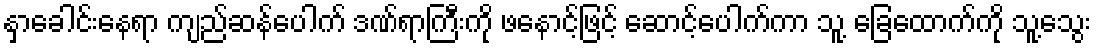
နှာခေါင်းနေရာ ကျည်ဆန်ပေါက် ဒဏ်ရာကြီးကို ဖနောင့်ဖြင့် ဆောင့်ပေါက်ကာ သူ့ ခြေထောက်ကို သူ့သွေး